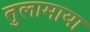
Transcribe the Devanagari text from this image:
तुलामाया